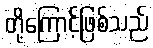
တို့ကြောင့်ဖြစ်သည်